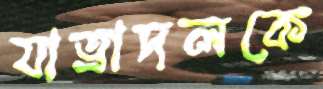
যাত্রাদলকে